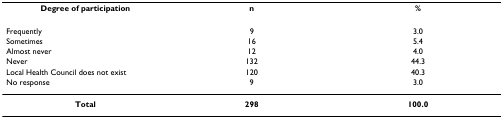
| Degree of participation | n | % |
 | --- | --- | --- |
 | Frequently | 9 | 3.0 |
 | Sometimes | 16 | 5.4 |
 | Almost never | 12 | 4.0 |
 | Never | 132 | 44.3 |
 | Local Health Council does not exist | 120 | 40.3 |
 | No response | 9 | 3.0 |
 | Total | 298 | 100.0 |